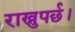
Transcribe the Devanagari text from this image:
राख्नुपर्छ।